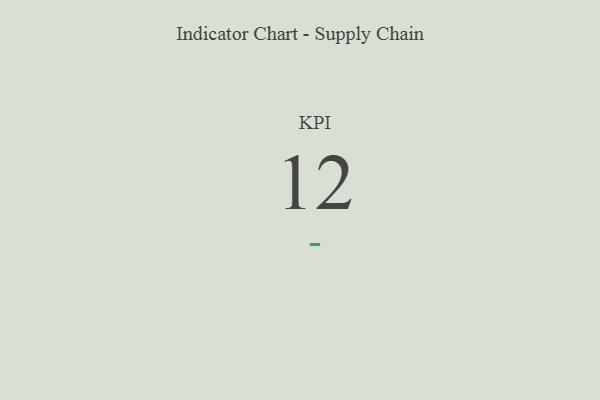
{"axis": {"x": "KPI", "y": "Value"}, "legend": [""], "data": [{"x": "KPI", "y": 12, "type": ""}]}